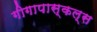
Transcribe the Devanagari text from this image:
गीगापास्कल्स